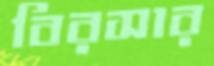
বিরসার